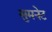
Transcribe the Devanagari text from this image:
सुमनेट